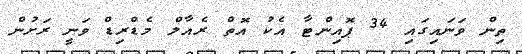
ތިން ވަނައިގައި 34 ޕޮއިންޓާ އެކު އޮތް ރެއާލް މެޑްރިޑް ވަނީ ރަށުން